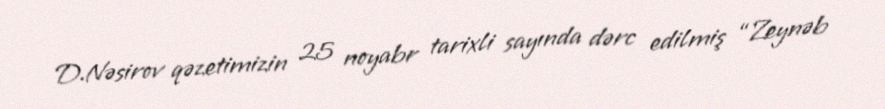
D.Nəsirov qəzetimizin 25 noyabr tarixli sayında dərc edilmiş “Zeynəb